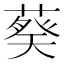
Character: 𬞂